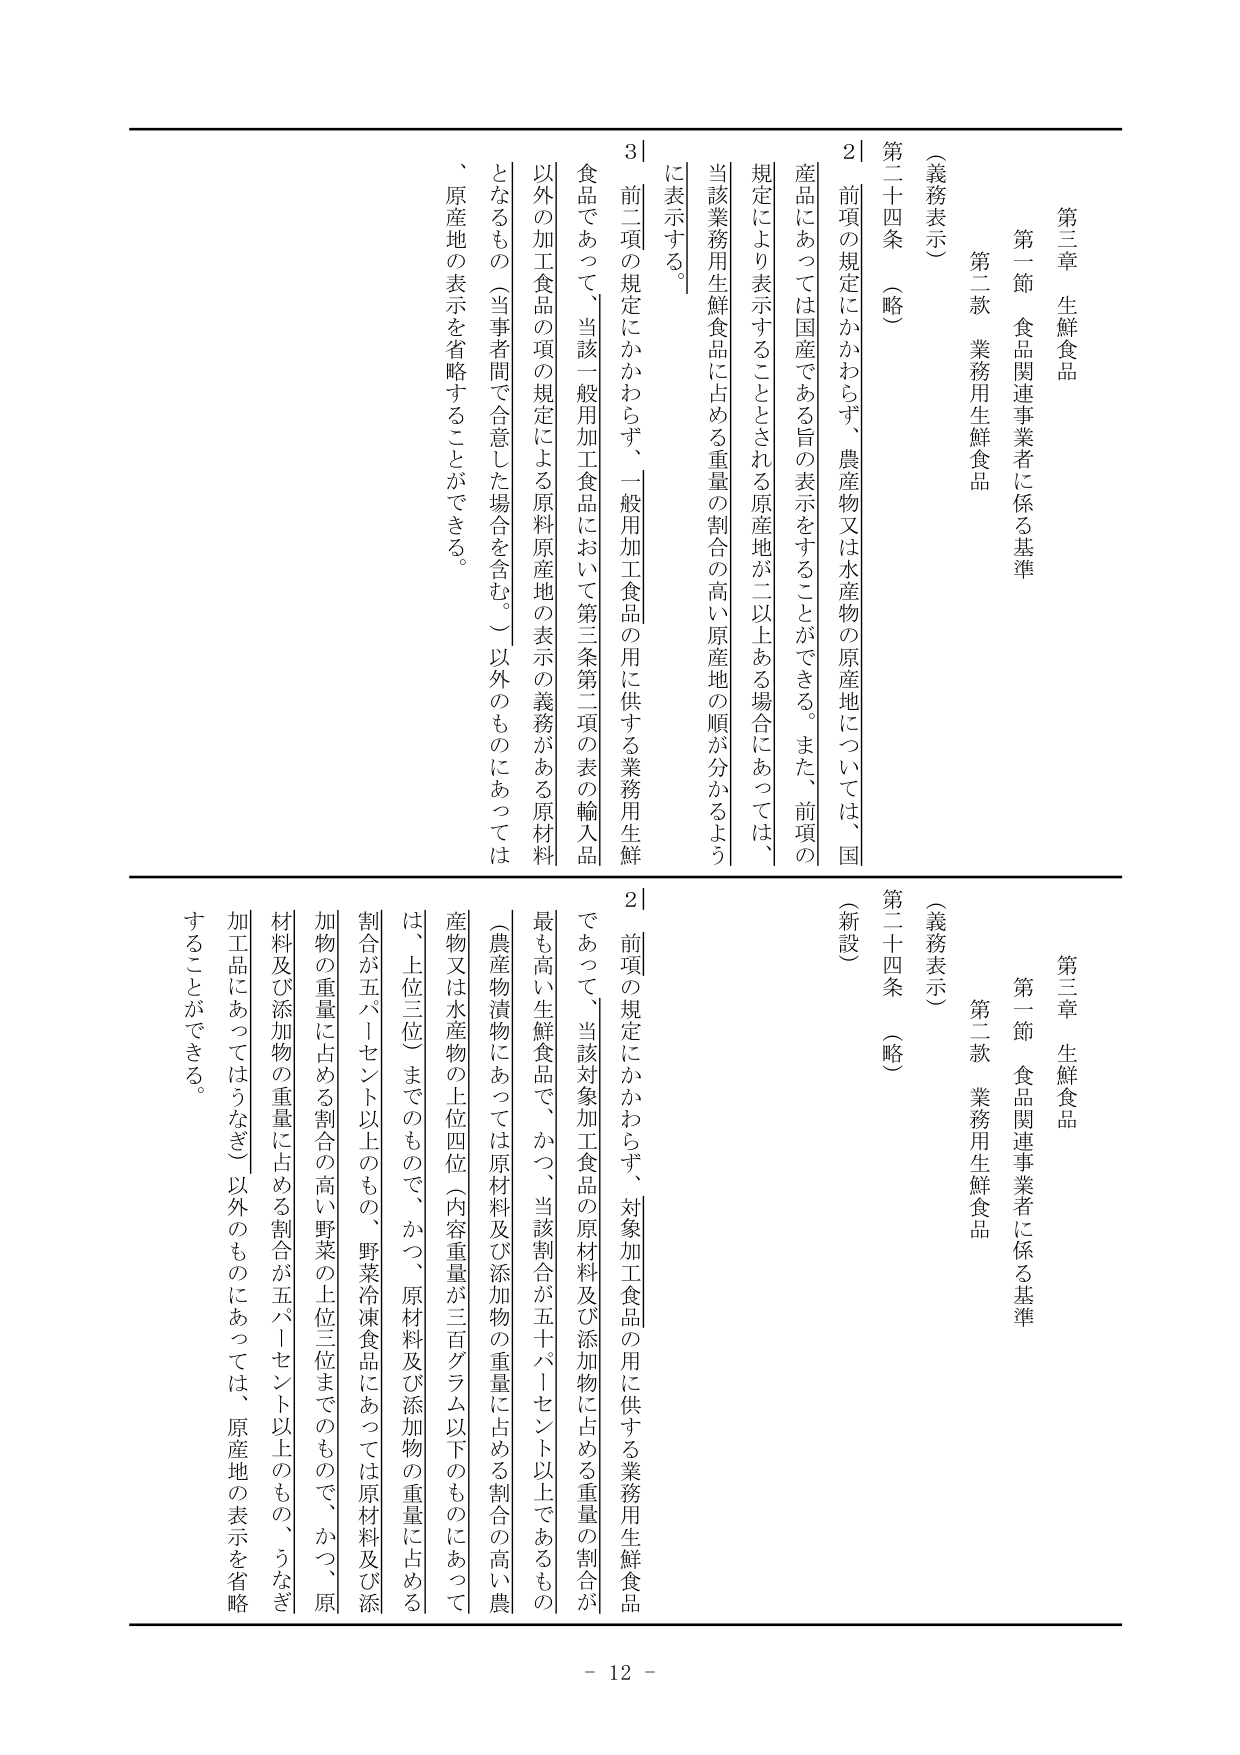
第三章 生鮮食品
第一節 食品関連事業者に係る基準
第二款 業務用生鮮食品

（義務表示）
第二十四条 （略）
2｜前項の規定にかかわらず、農産物又は水産物の原産地については、国産にあっては国産である旨の表示をすることができる。また、前項の規定により表示することとされる原産地が二以上ある場合にあっては、当該業務用生鮮食品に占める重量の割合の高い原産地の順が分かるように表示する。
3｜前二項の規定にかかわらず、一般用加工食品の用に供する業務用生鮮食品であって、当該一般用加工食品において第三条第二項の表の輸入品以外の加工食品の項の規定による原料原産地の表示の義務がある原材料となるもの（当事者間で合意した場合を含む。）以外のものにあっては、原産地の表示を省略することができる。

第三章 生鮮食品
第一節 食品関連事業者に係る基準
第二款 業務用生鮮食品

（義務表示）
第二十四条 （略）
（新設）
2｜前項の規定にかかわらず、対象加工食品の用に供する業務用生鮮食品であって、当該対象加工食品の原材料及び添加物に占める重量の割合が最も高い生鮮食品で、かつ、当該割合が五十パーセント以上であるもの（農産物漬物にあっては原材料及び添加物の重量に占める割合の高い農産物又は水産物の上位四位（内容重量が三百グラム以下のものにあっては、上位三位）までのもので、かつ、原材料及び添加物の重量に占める割合が五パーセント以上なもの、野菜冷凍食品にあっては原材料及び添加物の重量に占める割合の高い野菜の上位三位までのもので、かつ、原材料及び添加物の重量に占める割合が五パーセント以上ものの、うなぎ加工品にあってはうなぎ）以外のものにあっては、原産地の表示を省略することができる。

- 12 -